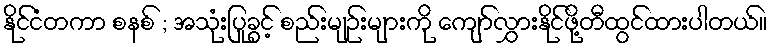
နိုင်ငံတကာ စနစ် ; အသုံးပြုခွင့် စည်းမျဉ်းများကို ကျော်လွှားနိုင်ဖို့တီထွင်ထားပါတယ်။